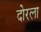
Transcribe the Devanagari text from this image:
दोरला